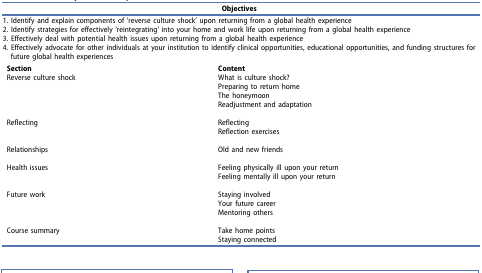
| <COLSPAN=2> Objectives |
 | --- | --- |
 | <COLSPAN=2> 1. Identify and explain components of ‘reverse culture shock’ upon returning from a global health experience |
 | <COLSPAN=2> 2. Identify strategies for effectively ‘reintegrating’ into your home and work life upon returning from a global health experience |
 | <COLSPAN=2> 3. Effectively deal with potential health issues upon returning from a global health experience |
 | <COLSPAN=2> 4. Effectively advocate for other individuals at your institution to identify clinical opportunities, educational opportunities, and funding structures for future global health experiences |
 | Section | Content |
 | <ROWSPAN=5> Reverse culture shock | What is culture shock? |
 | Preparing to return home |
 | The honeymoon |
 | Readjustment and adaptation |
 |  |
 | <ROWSPAN=3> Reflecting | Reflecting |
 | Reflection exercises |
 |  |
 | <ROWSPAN=2> Relationships | Old and new friends |
 |  |
 | <ROWSPAN=3> Health issues | Feeling physically ill upon your return |
 | Feeling mentally ill upon your return |
 |  |
 | <ROWSPAN=4> Future work | Staying involved |
 | Your future career |
 | Mentoring others |
 |  |
 | <ROWSPAN=2> Course summary | Take home points |
 | Staying connected |